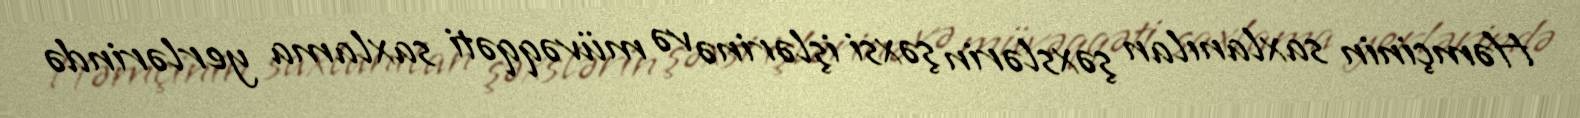
Həmçinin saxlanılan şəxslərin şəxsi işlərinə və müvəqqəti saxlama yerlərində